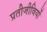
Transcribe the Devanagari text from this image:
प्रतीजीवियों